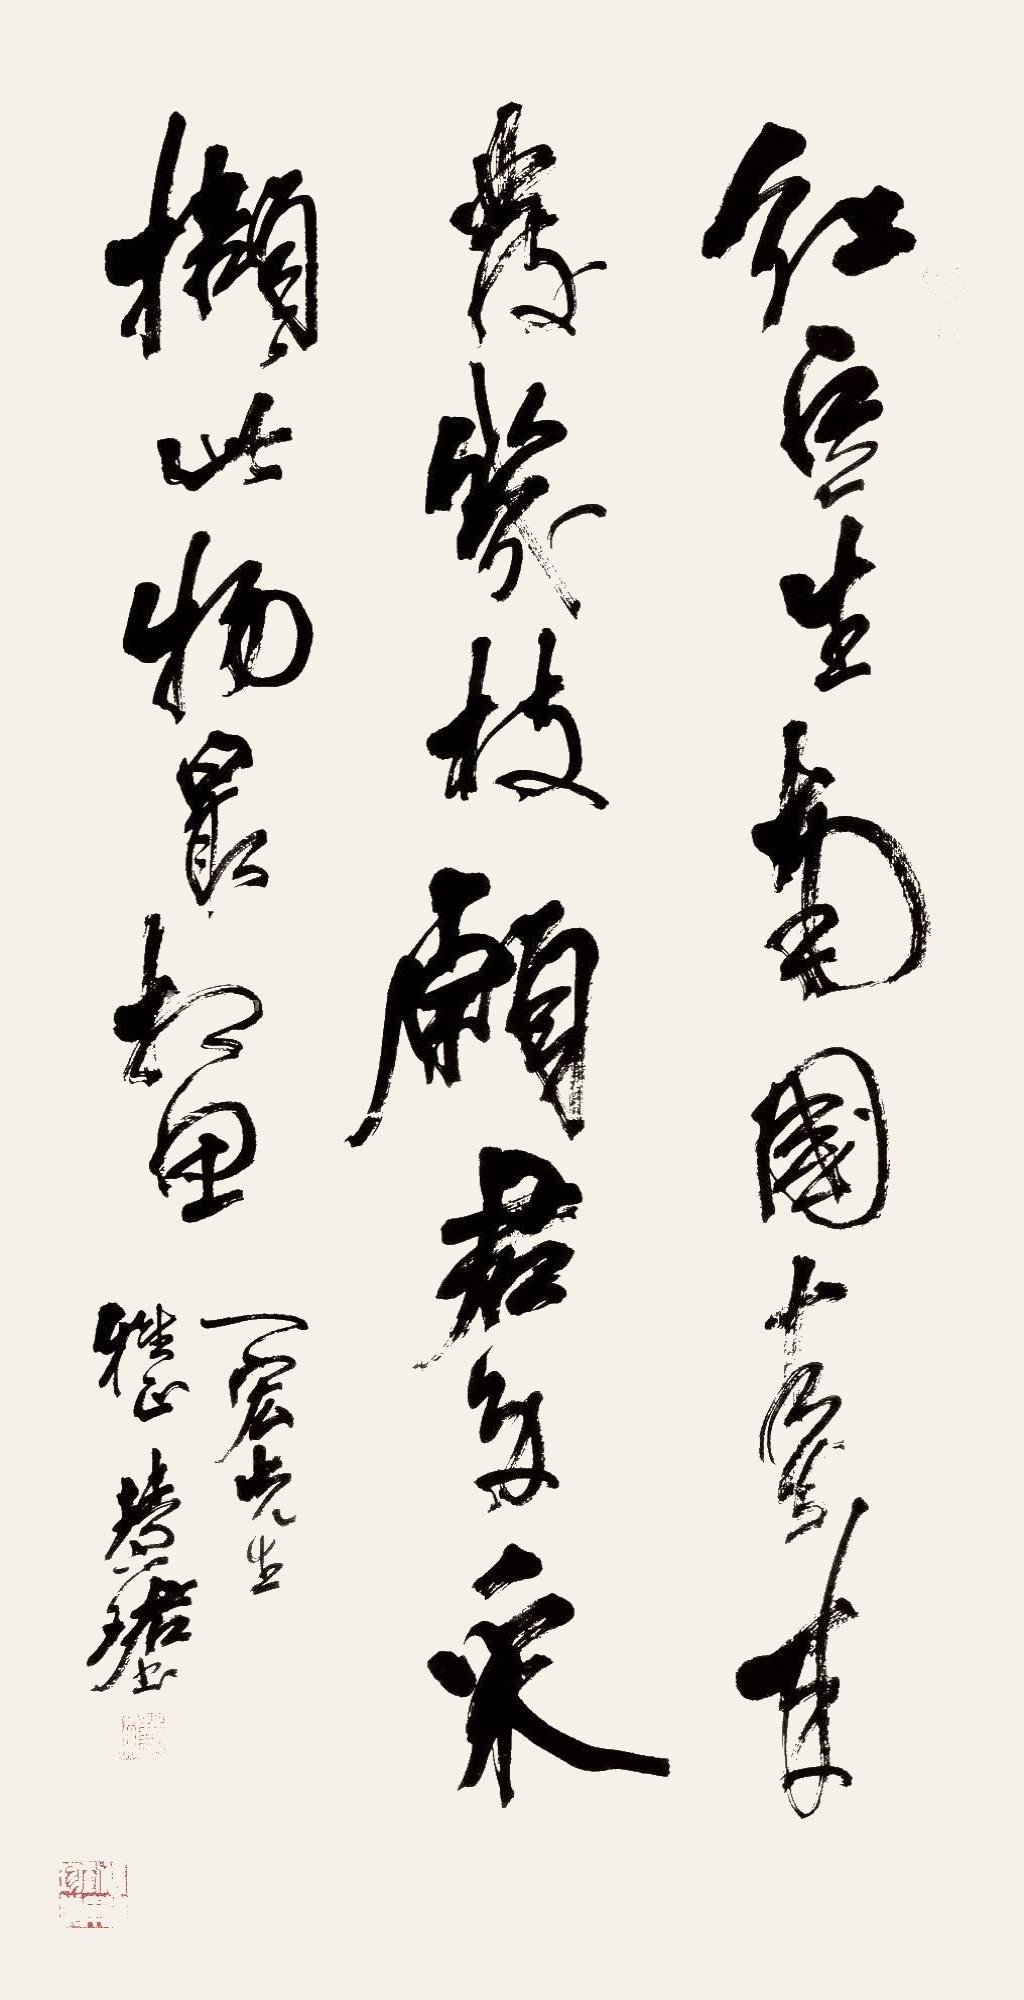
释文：红豆生南国，春来发几枝。愿君多采撷，此物最相思。一宏先生雅正，慧珺书。